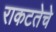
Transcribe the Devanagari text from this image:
राकटतेचे